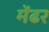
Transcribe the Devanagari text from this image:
मेंढर